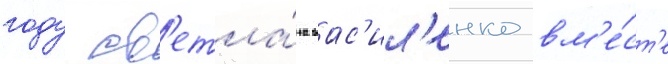
году св'етла́на вас'ил'енко вм'е́ст'е